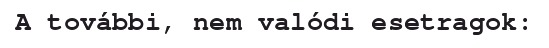
A további, nem valódi esetragok: